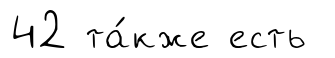
42 та́кже есть